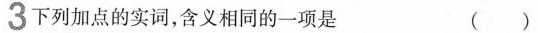
3下列加点的实词，含义相同的一项是 ()